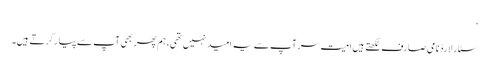
‘
سٹار لارڈ نامی صارف لکھتے ہیں امیت سر آپ سے یہ امید نہیں تھی، ہم پھر بھی آپ سے پیار کرتے ہیں۔